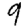
Digit: 9